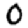
Digit: 0